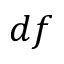
d f